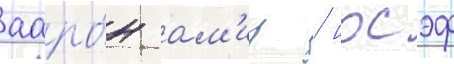
ааро́н ам'ир / иосэф